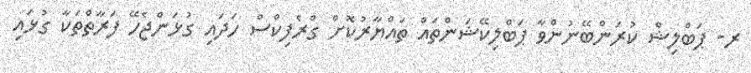
ރ- ޕަބްލިޝް ކުރަންބޭނުންވާ ޕަބްލިކޭޝަންތައް ތައްޔާރުކޮށް ގްރެފިކްސް ހަދައި ގުޅަންޖެހޭ ފަރާތްތަކާ ގުޅައި